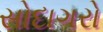
સોદાગરો